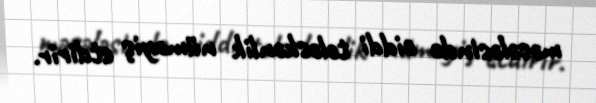
məsələsində ciddi tələskənlik nümayiş etdirir.